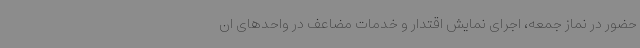
حضور در نماز جمعه، اجرای نمایش اقتدار و خدمات مضاعف در واحدهای ان